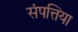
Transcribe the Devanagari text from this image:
संपत्तिया